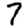
Digit: 7